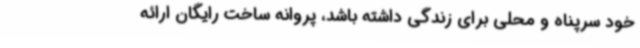
خود سرپناه و محلی برای زندگی داشته باشد، پروانه ساخت رایگان ارائه